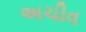
અચીવ